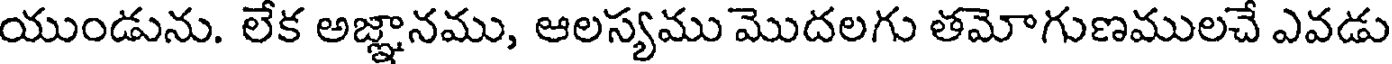
యుండును. లేక అజ్ఞానము, ఆలస్యము మొదలగు తమోగుణములచే ఎవడు